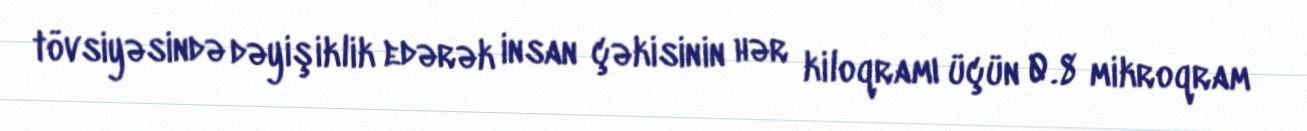
tövsiyəsində dəyişiklik edərək insan çəkisinin hər kiloqramı üçün 0.8 mikroqram